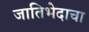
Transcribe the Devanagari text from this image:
जातिभेदाचा